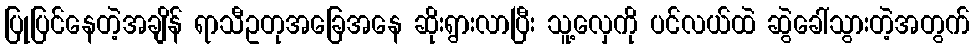
ပြုပြင်နေတဲ့အချိန် ရာသီဥတုအခြေအနေ ဆိုးရွားလာပြီး သူ့လှေကို ပင်လယ်ထဲ ဆွဲခေါ်သွားတဲ့အတွက်